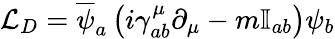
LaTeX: {\mathcal{L}}_{D}={\overline{{\psi}}}_{a}\left(i\gamma_{ab}^{\mu}\partial_{\mu}-m\mathbb{I}_{ab}\right)\psi_{b}